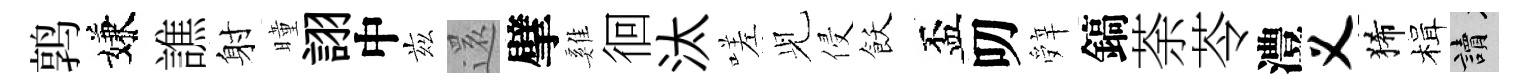
鹑嫌譙射曈詡中兹𮟃擘雞徊汰嗟𫤗侵飫盃叨辤鎬荼苓澧义狶楫讀